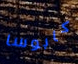
كابوسا